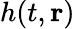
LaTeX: h(t,\mathbf{r})